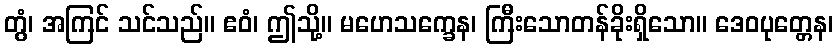
တွံ၊ အကြင် သင်သည်။ ဧဝံ၊ ဤသို့။ မဟေသက္ခေန၊ ကြီးသောတန်ခိုးရှိသော။ ဒေဝပုတ္တေန၊